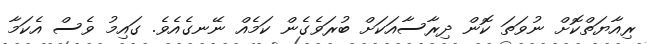
ރިއާޔަތްކޮށް ނުވަތަ ކޮން ދިރާސާއަކަށް ބުރަވެގެން ކަމެއް ނޭނގެއެވެ. ގައިމު ވެސް އެކަމާ